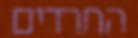
החרדים